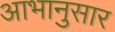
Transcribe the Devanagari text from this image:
आभानुसार